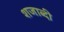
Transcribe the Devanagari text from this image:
शजाब्दी